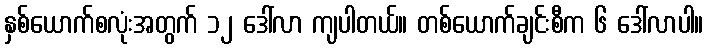
နှစ်ယောက်စလုံးအတွက် ၁၂ ဒေါ်လာ ကျပါတယ်။ တစ်ယောက်ချင်းစီက ၆ ဒေါ်လာပါ။